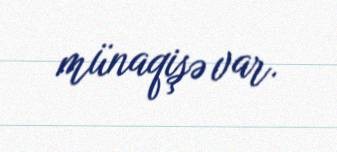
münaqişə var.